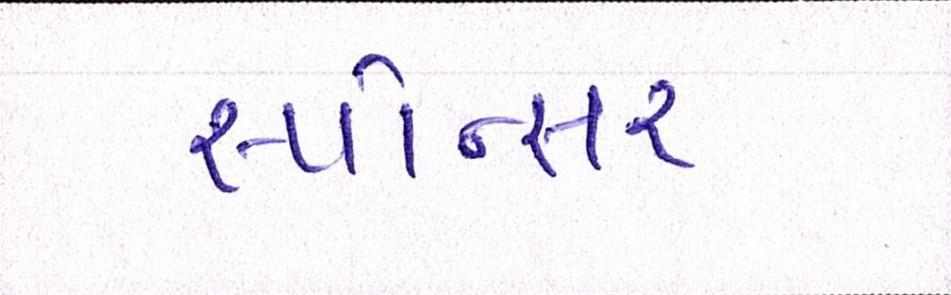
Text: સ્પોન્સર